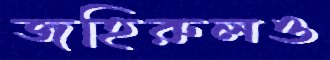
জহিরুলও